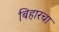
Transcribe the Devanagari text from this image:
बिहारचा